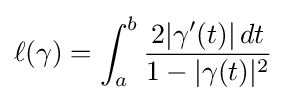
\ell (\gamma )=\int _{a}^{b}{2|\gamma ^{\prime }(t)|\,dt \over 1-|\gamma (t)|^{2}}